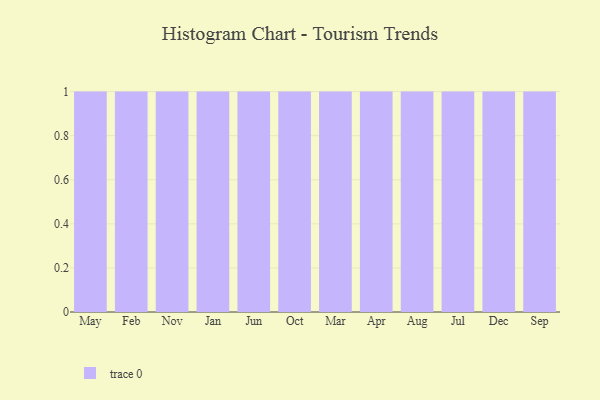
{"axis": {"x": "Month", "y": "Page Views"}, "legend": [""], "data": [{"x": "May", "y": 100, "type": ""}, {"x": "Feb", "y": 21, "type": ""}, {"x": "Nov", "y": 63, "type": ""}, {"x": "Jan", "y": 17, "type": ""}, {"x": "Jun", "y": 51, "type": ""}, {"x": "Oct", "y": 81, "type": ""}, {"x": "Mar", "y": 26, "type": ""}, {"x": "Apr", "y": 29, "type": ""}, {"x": "Aug", "y": 16, "type": ""}, {"x": "Jul", "y": 84, "type": ""}, {"x": "Dec", "y": 10, "type": ""}, {"x": "Sep", "y": 44, "type": ""}]}